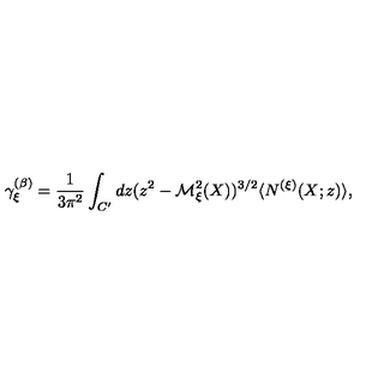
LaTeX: \gamma _ { \xi } ^ { ( \beta ) } = \frac { 1 } { 3 \pi ^ { 2 } } \int _ { C ^ { \prime } } d z ( z ^ { 2 } - { \cal M } _ { \xi } ^ { 2 } ( X ) ) ^ { 3 / 2 } \langle N ^ { ( \xi ) } ( X ; z ) \rangle ,